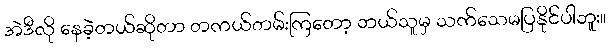
အဲဒီလို နေခဲ့တယ်ဆိုတာ တကယ်တမ်းကြတော့ ဘယ်သူမှ သက်သေမပြနိုင်ပါဘူး။